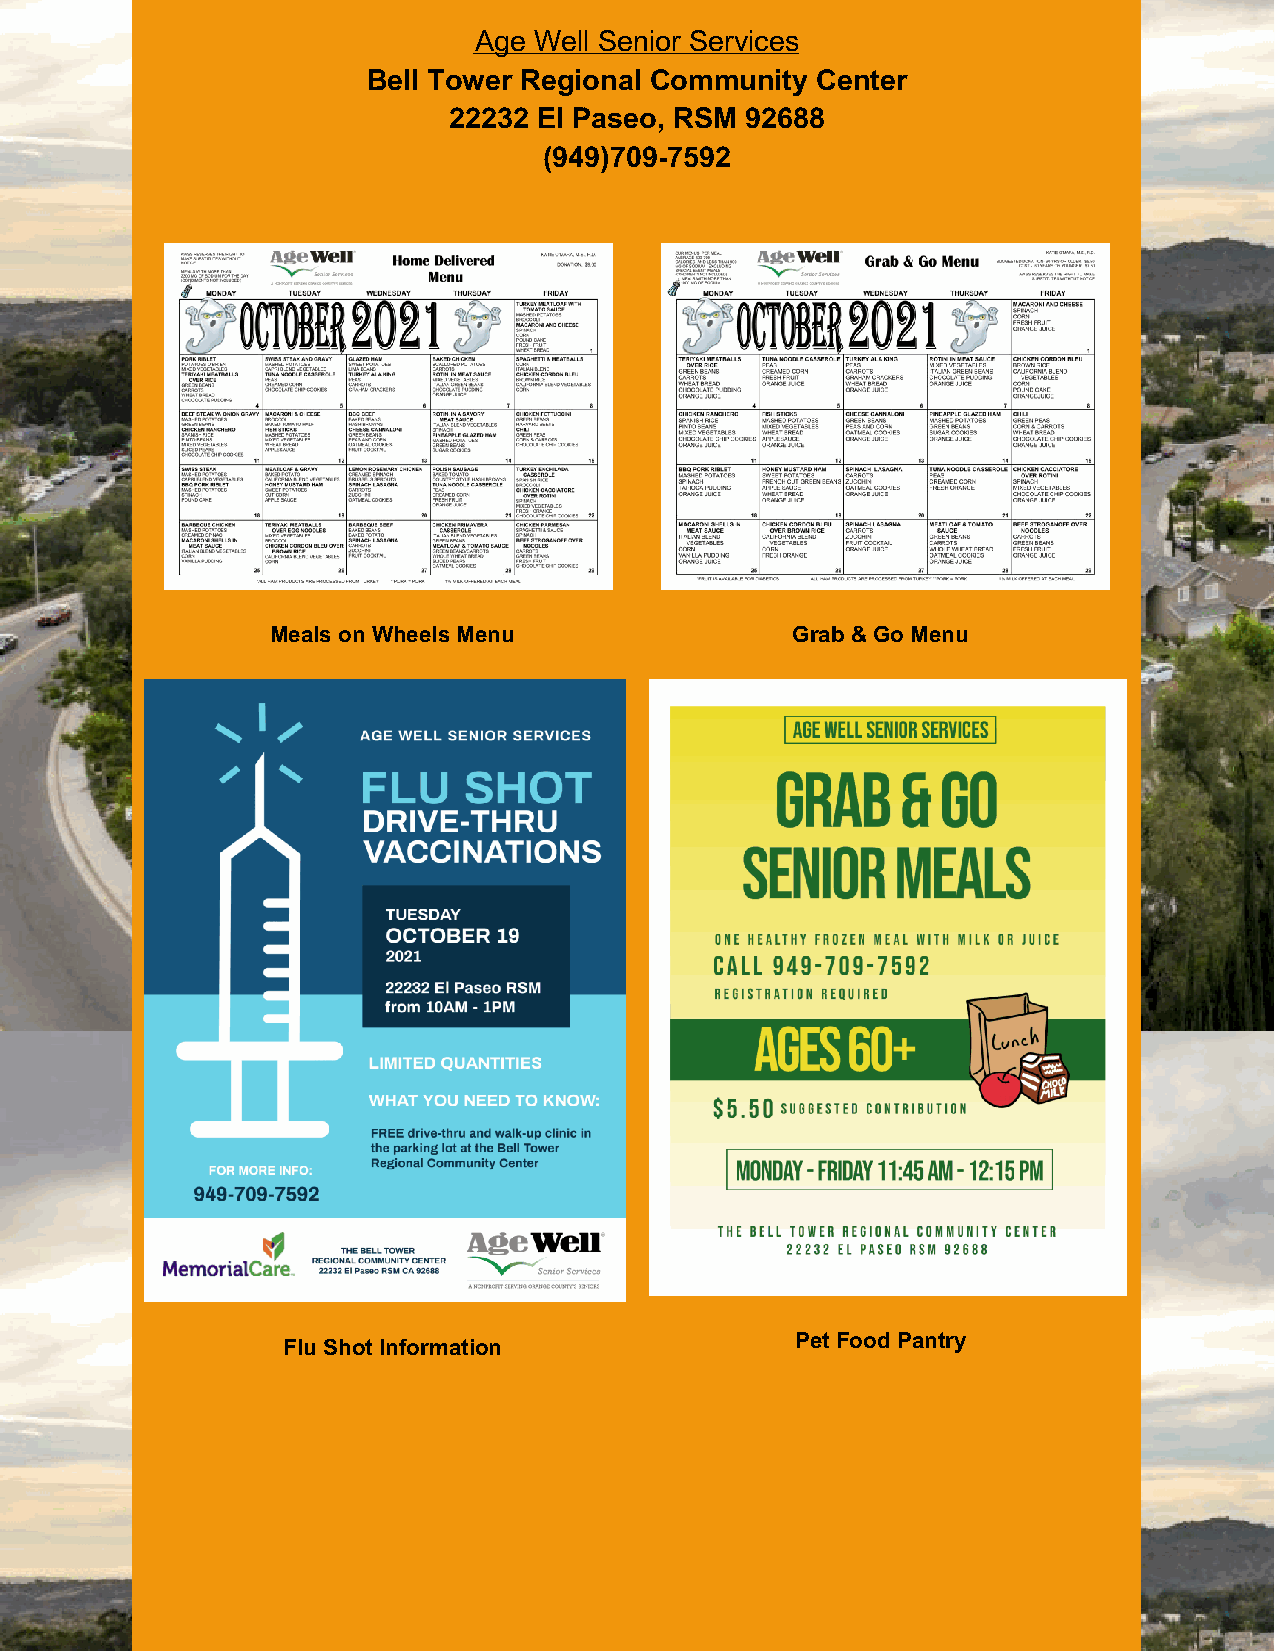
Age Well Senior Services
 Bell Tower Regional Community Center
 22232 El Paseo, RSM 92688
 (949)709-7592
 Meals on Wheels Menu              Grab & Go Menu
 Pet Food Pantry
 Flu Shot Information